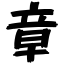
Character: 章